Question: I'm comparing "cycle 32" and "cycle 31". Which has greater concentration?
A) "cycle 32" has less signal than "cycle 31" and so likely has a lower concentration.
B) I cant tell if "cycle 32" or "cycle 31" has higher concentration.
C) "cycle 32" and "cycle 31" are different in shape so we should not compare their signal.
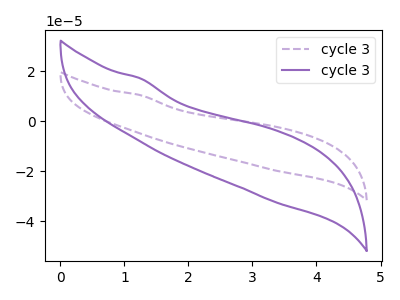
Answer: <think>The purple dashed curve "cycle 31" has no peaks. The purple curve "cycle 32" has no peaks.
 Neither "cycle 32" or "cycle 31" have any peaks.</think>
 <answer>B) I cant tell if "cycle 32" or "cycle 31" has higher concentration.</answer>
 <eval>B</eval>